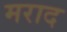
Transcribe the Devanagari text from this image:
मराद